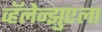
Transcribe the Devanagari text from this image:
व्हॅलेन्झुएला